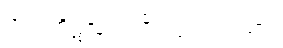
အံသကိုဋ်လှူရကျိုး သုံးပါးဂါထာ။